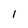
Character: I